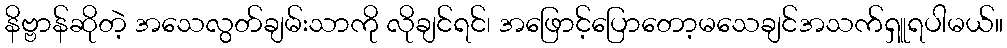
နိဗ္ဗာန်ဆိုတဲ့ အသေလွတ်ချမ်းသာကို လိုချင်ရင်၊ အဖြောင့်ပြောတော့မသေချင်အသက်ရှူရပါမယ်။